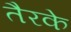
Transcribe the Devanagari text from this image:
तैरके